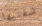
شفتيها